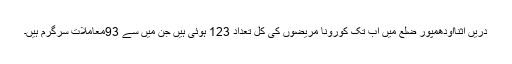
دریں اثنأاودھمپور ضلع میں اب تک کورونا مریضوں کی کُل تعداد 123 ہوئی ہیں جن میں سے 93معاملات سرگرم ہیں۔